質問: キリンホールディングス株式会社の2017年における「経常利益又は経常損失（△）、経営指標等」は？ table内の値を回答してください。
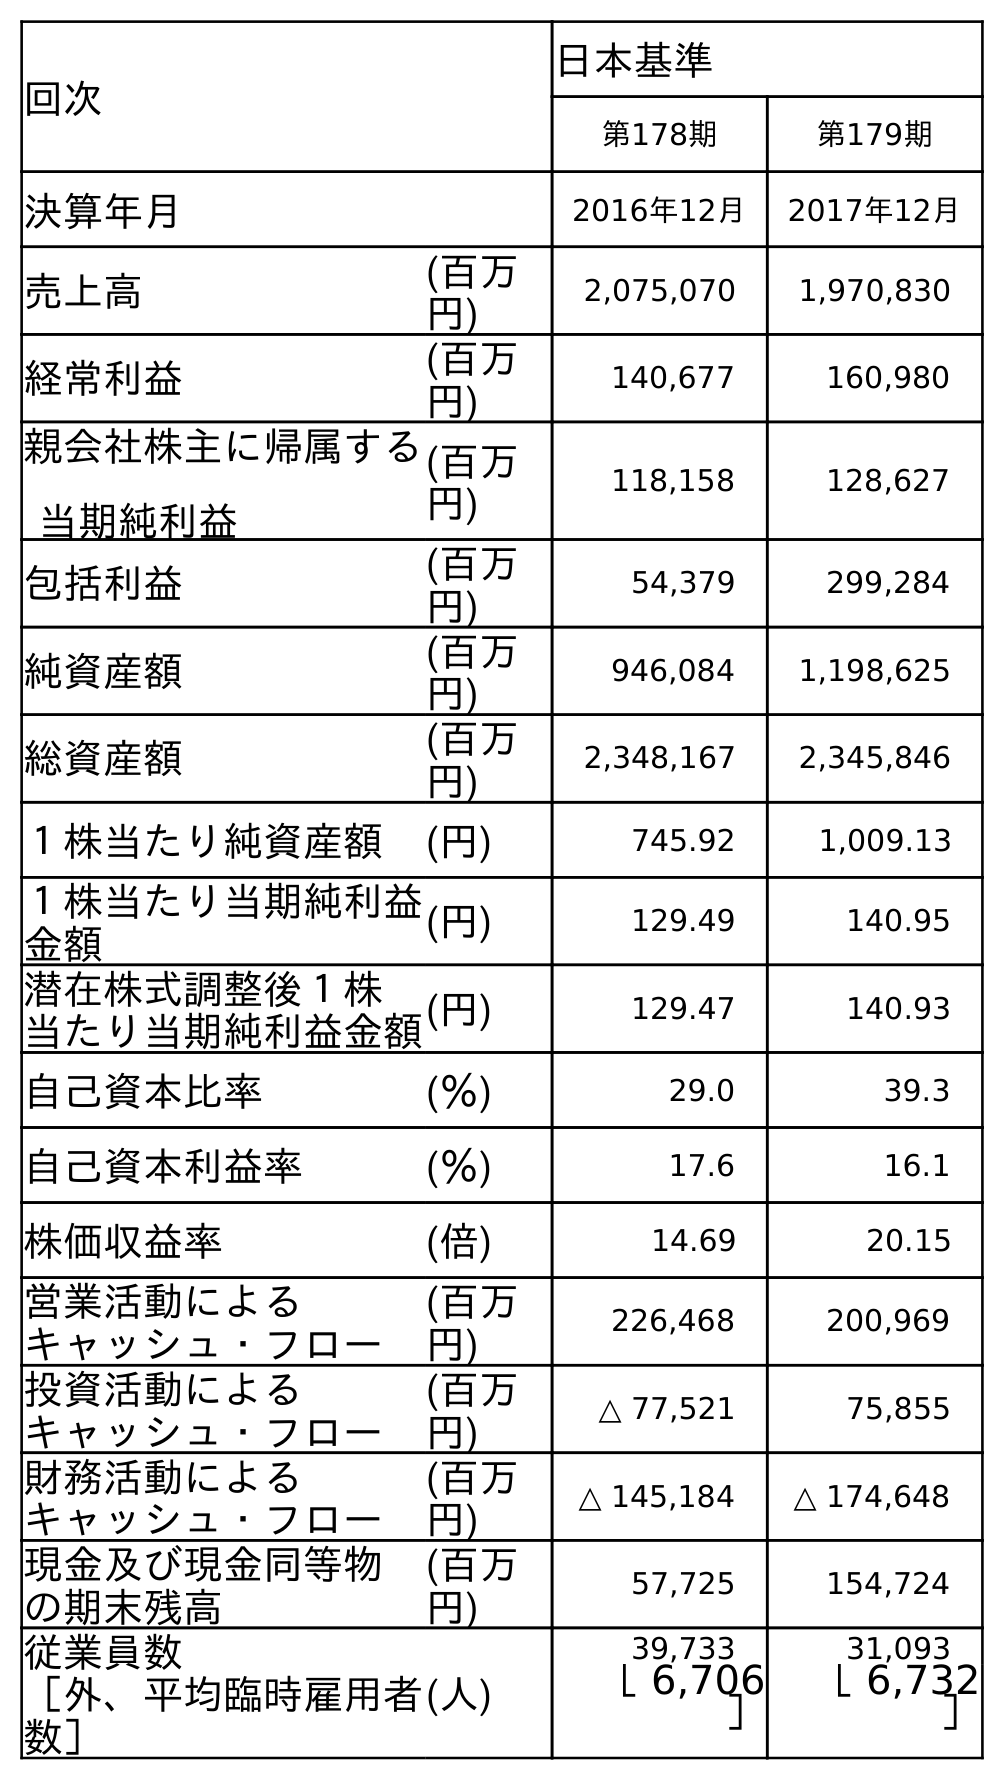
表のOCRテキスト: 回次 日本基準 第178期 第179期 決算年月 2016年12月 2017年12月 売上高 (百万 円) 2,075,070 1,970,830 経常利益 (百万 円) 140,677 160,980 親会社株主に帰属する 当期純利益 (百万 円) 118,158 128,627 包括利益 (百万 円) 54,379 299,284 純資産額 (百万 円) 946,084 1,198,625 総資産額 (百万 円) 2,348,167 2,345,846 １株当たり純資産額 (円) 745.92 1,009.13 １株当たり当期純利益 金額 (円) 129.49 140.95 潜在株式調整後１株 当たり当期純利益金額(円) 129.47 140.93 自己資本比率 (％) 29.0 39.3 自己資本利益率 (％) 17.6 16.1 株価収益率 (倍) 14.69 20.15 営業活動による キャッシュ・フロー (百万 円) 226,468 200,969 投資活動による キャッシュ・フロー (百万 円) △ 77,521 75,855 財務活動による キャッシュ・フロー (百万 円) △ 145,184 △ 174,648 現金及び現金同等物 の期末残高 (百万 円) 57,725 154,724 従業員数 ［外、平均臨時雇用者 数］ (人) 39,733 31,093 ［ 6,706 ］ ［ 6,732 ］
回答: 160,980